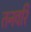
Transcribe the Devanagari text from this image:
तनवरि